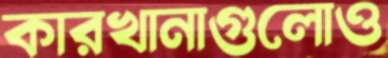
কারখানাগুলোও